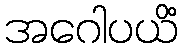
အဂေါပယိံ